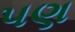
૫ણ